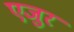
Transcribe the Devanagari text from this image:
एजुर